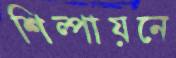
শিল্পায়নে